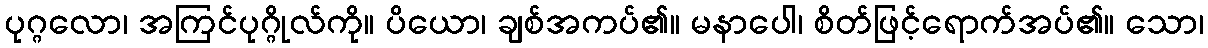
ပုဂ္ဂလော၊ အကြင်ပုဂ္ဂိုလ်ကို။ ပိယော၊ ချစ်အကပ်၏။ မနာပေါ၊ စိတ်ဖြင့်ရောက်အပ်၏။ သော၊